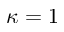
\kappa = 1